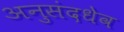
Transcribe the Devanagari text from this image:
अनुसंदधेव